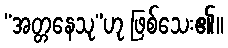
“အတ္တနေသု”ဟု ဖြစ်သေး၏။